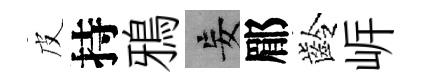
皮持鴉妄郿齡㟁